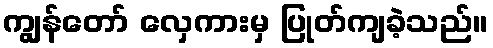
ကျွန်တော် လှေကားမှ ပြုတ်ကျခဲ့သည်။